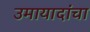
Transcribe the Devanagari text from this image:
उमायादांचा